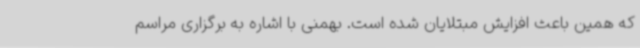
که همین باعث افزایش مبتلایان شده است. بهمنی با اشاره به برگزاری مراسم